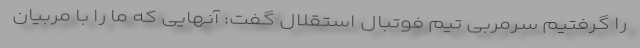
را گرفتیم سرمربی تیم فوتبال استقلال گفت: آنهایی که ما را با مربیان